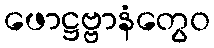
ဖောဋ္ဌဗ္ဗာနံတွေဝ